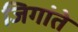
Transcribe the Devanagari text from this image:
जिगांते